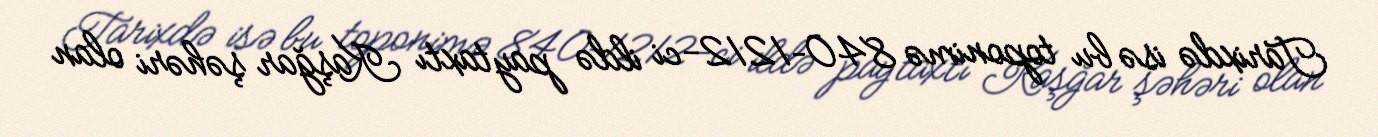
Tarixdə isə bu toponimə 840–1212-ci ildə paytaxtı Kaşğar şəhəri olan